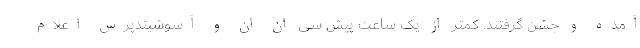
آمده و جشن گرفتند. کمتر از یک ساعت پیش سی ان ان و آسوشیتدپرس اعلام